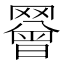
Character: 𦌝